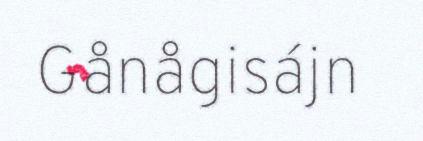
Gånågisájn